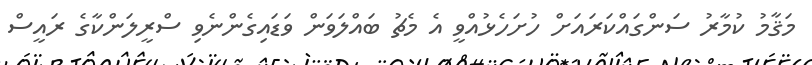
މަޤާމު ކުމާރު ސަންގައްކަރައަށް ހުށަހެޅުއްވީ އެ މެޗު ބައްލަވަން ވަޑައިގެންނެވި ސްރީލަންކާގެ ރައީސް